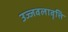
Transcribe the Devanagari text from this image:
उज्जवलावृत्ति